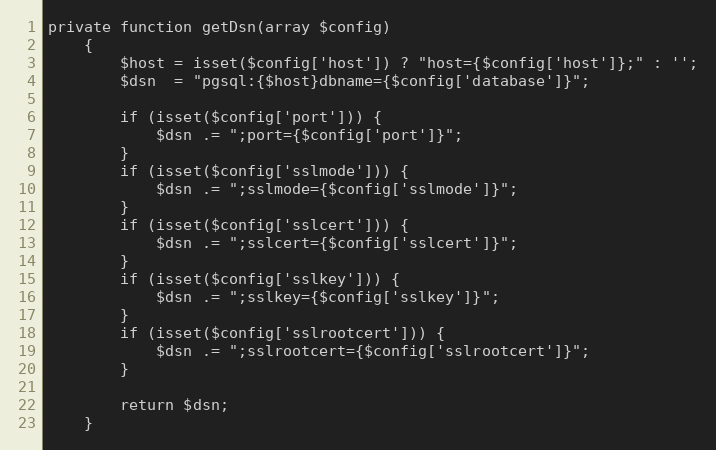
Language: PHP
private function getDsn(array $config)
    {
        $host = isset($config['host']) ? "host={$config['host']};" : '';
        $dsn  = "pgsql:{$host}dbname={$config['database']}";

        if (isset($config['port'])) {
            $dsn .= ";port={$config['port']}";
        }
        if (isset($config['sslmode'])) {
            $dsn .= ";sslmode={$config['sslmode']}";
        }
        if (isset($config['sslcert'])) {
            $dsn .= ";sslcert={$config['sslcert']}";
        }
        if (isset($config['sslkey'])) {
            $dsn .= ";sslkey={$config['sslkey']}";
        }
        if (isset($config['sslrootcert'])) {
            $dsn .= ";sslrootcert={$config['sslrootcert']}";
        }

        return $dsn;
    }